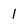
Character: 1